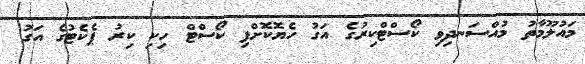
މައުލޫމާތު މުއްސަނދިވި ކޯސްޓްކިރުގެ އަގު ހެޔޮކޮށްފި ކޯސްޓް ހިކި ކިރު ޕެކެޓުގެ އަގު